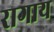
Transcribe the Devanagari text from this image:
रागाय